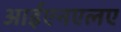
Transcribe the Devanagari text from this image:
आईएनएलए